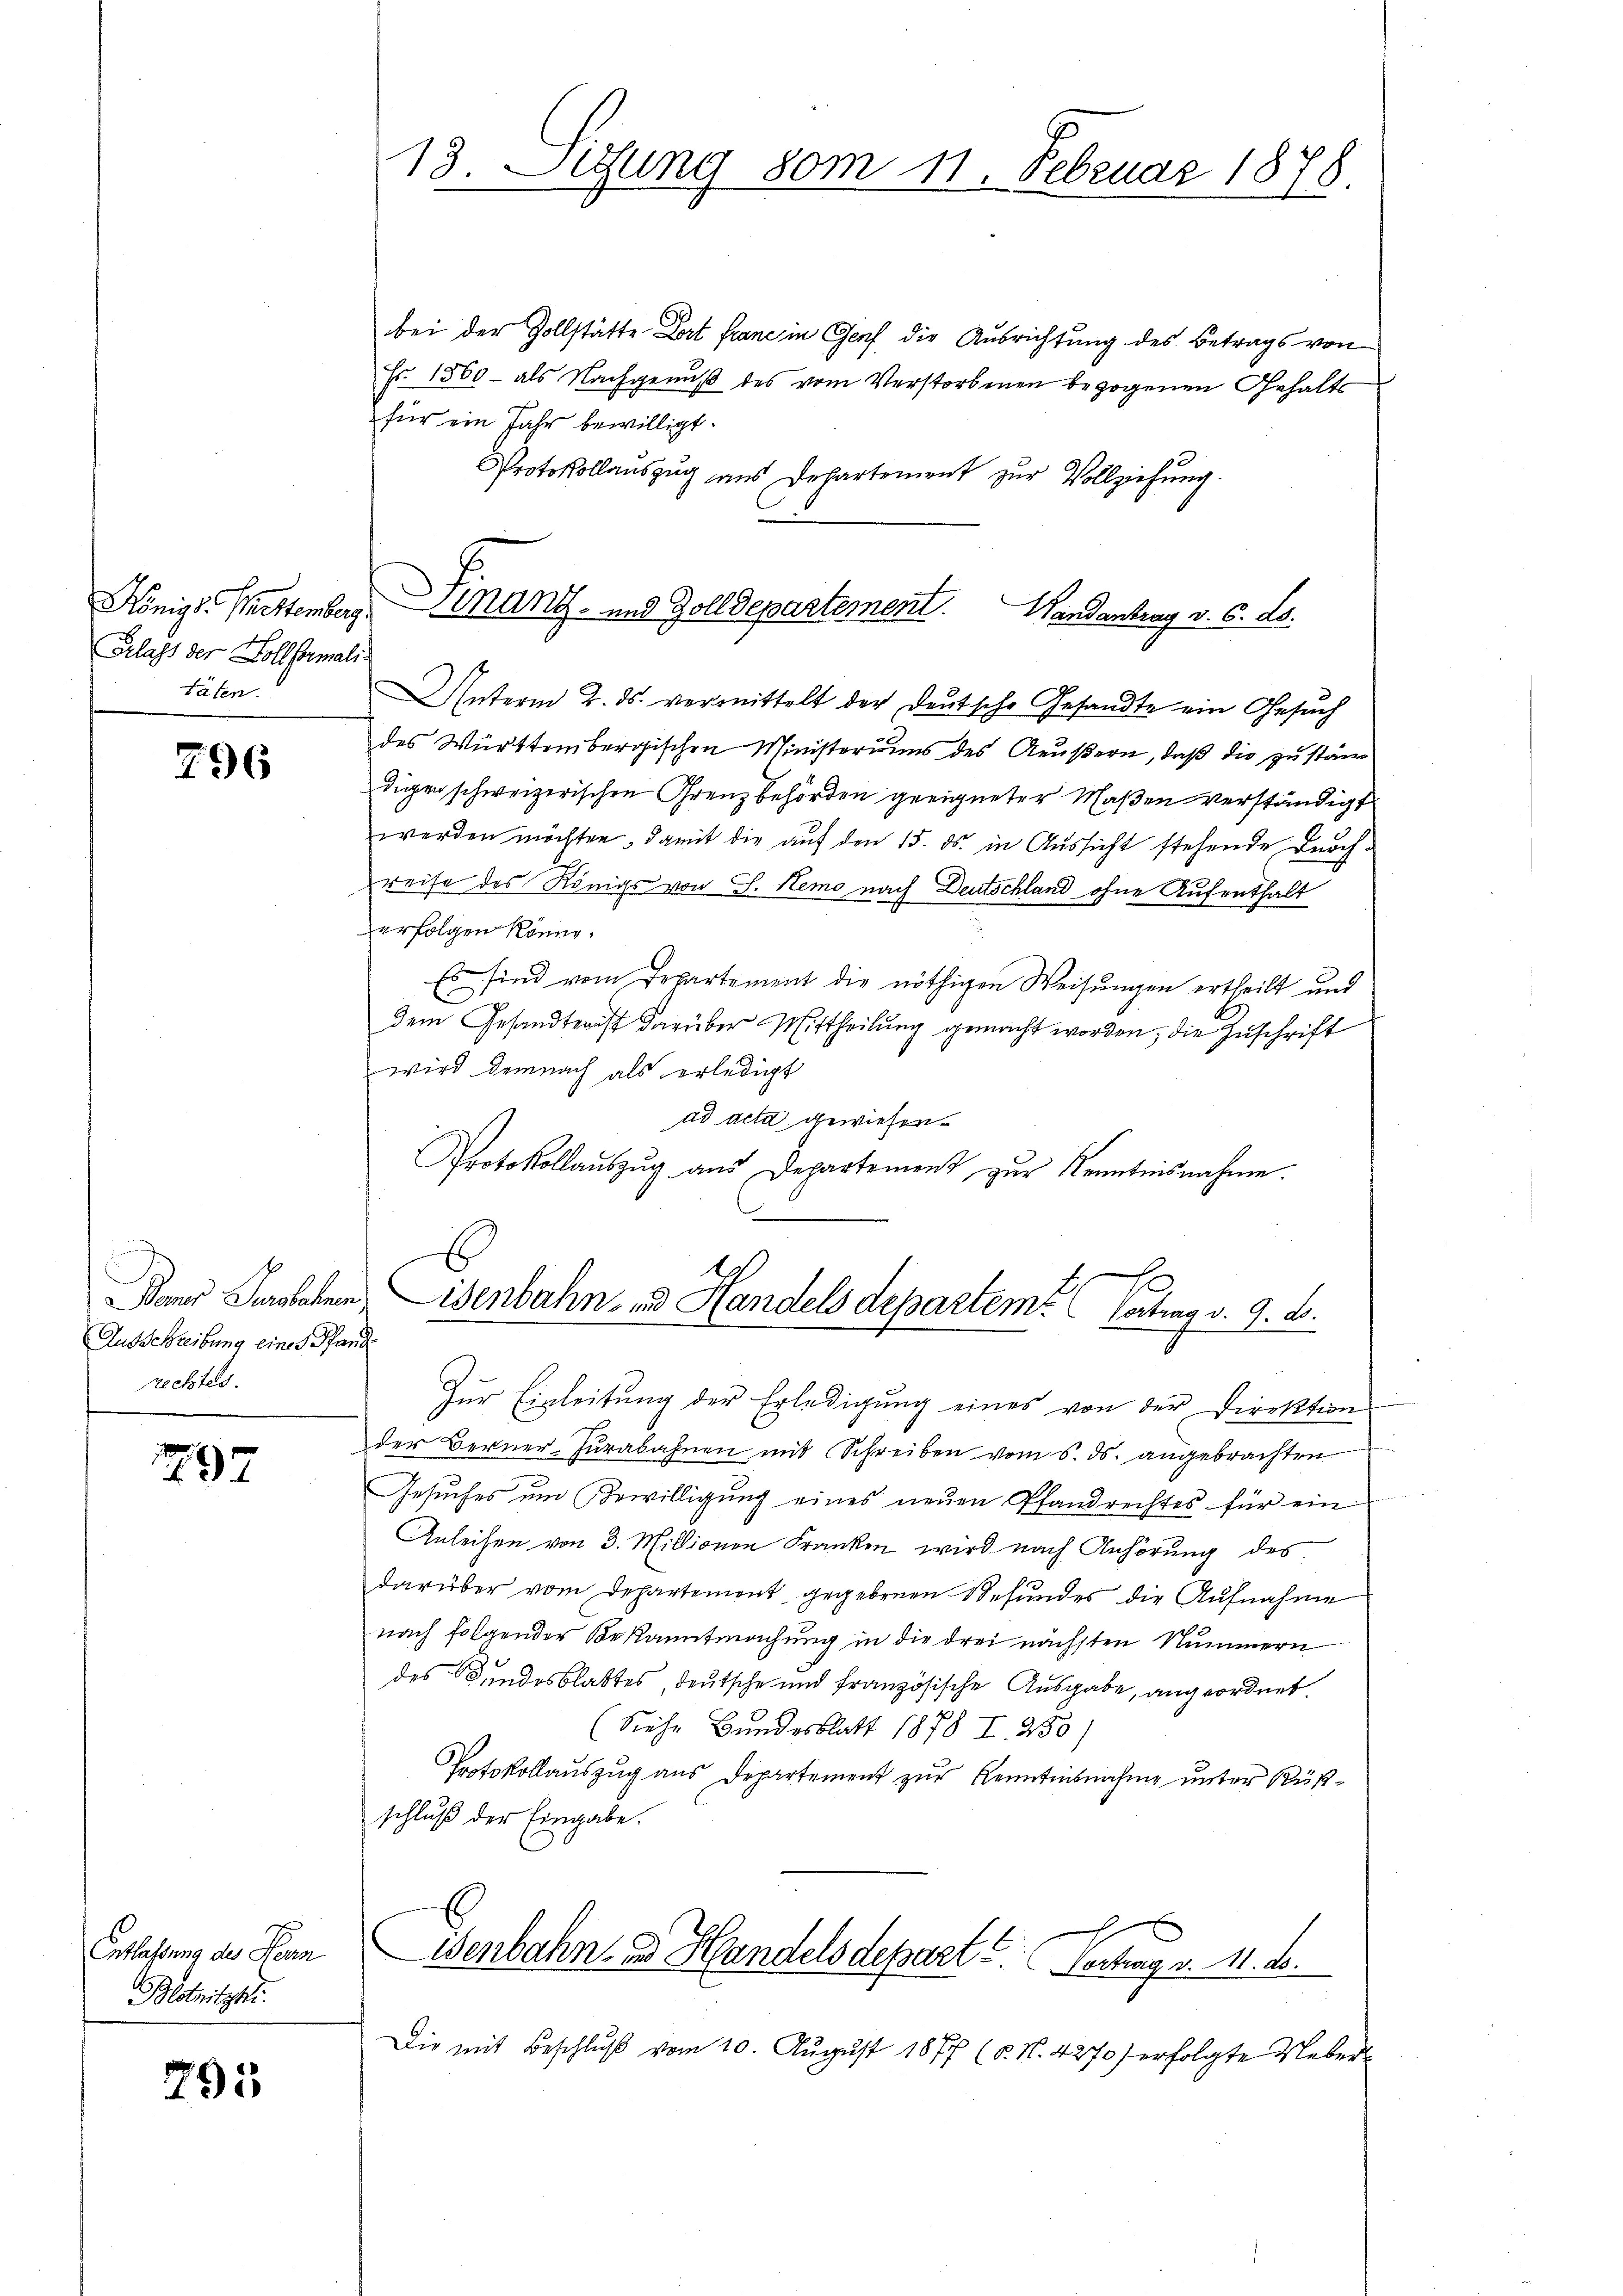
Königl. Mittemberg.
Erlass der Zollsarmalitäten.

296

n
Ausschreibung eines Pfand
rechtes.

497

Entlaßung des Kenn
Blotnitzki

795

18. Sitzung vom 11. Februar 1878.

bei der Zollstätte Dort frane in Genf die Ausrichtung des Betrags von
Fr. 1560 - als Nachgenuß des vom Verstorbenen bezogenen Gehalts
für ein Jahr bewilligt.
Protokollauszug aus Departement zur Vollziehung.

Finanz- und Zolldepartement. Handantrag v. 6. ds.

Unterm 2. ds. vermittelt der Deutsche Gesandte ein Gesuch
des Württembergischen Ministeriums des Aeußern, daß die zuständigen schweizerischen Grenzbehörden geeigneter Maßen verständigt
werden möchten, damit die auf den 15. ds. in Aussicht stehende Durch-
reise des Königs von S. Nemo nach Deutschland ohne Aufenthalt
erfolgen könne.
Es sind vom Departement die nöthigen Weisungen ertheilt und
dem Gesandterist darüber Mittheilung gemacht worden, die Zuschrift
wird demnach als erledigt
ad acta gewiesen.
Protokollaŭszŭg ans Departement zŭr Kenntnisnahme.
t
2 x

Beier Jursbahnen Eisenbahn- und Handels departem Vertrag v. 9. d.

Zur Einleitung der Erledigung eines von der Direktion
der Berner-Zŭrabahnen mit Schreiben vom 5. ds. angebrachten
Gesŭches um Bewilligŭng eines neŭen Pfandrechtes für ein
Anleisen von 3. Millionen Franken wird nach Anhörung des
darüber vom Departement gegebenen Befundes die Aufnahme
nach folgender Bekanntmachung in die drei nächsten Nummern
des Bundesblattes, deutsche und französische Ausgabe, angeordnet.
(Siehe Bundesblatt 1878 I. 255)
Protokollauszug aus Departement zur Kenntnisnahme unter Küßschluß der Eingabe.
E
x
isenbahn zu Handelsdepart u. Vortrag v. 11. ds.
Die mit Beschluß vom 10. August 1877 (v. N. 4270) erfolgte Ueber